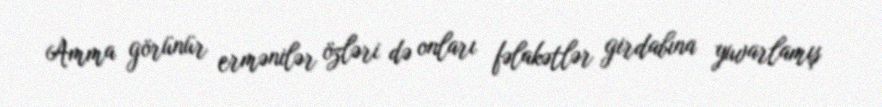
Amma görünür ermənilər özləri də onları fəlakətlər girdabına yuvarlamış